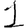
Digit: 1